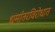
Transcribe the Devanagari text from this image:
धर्मांतरविरोधात